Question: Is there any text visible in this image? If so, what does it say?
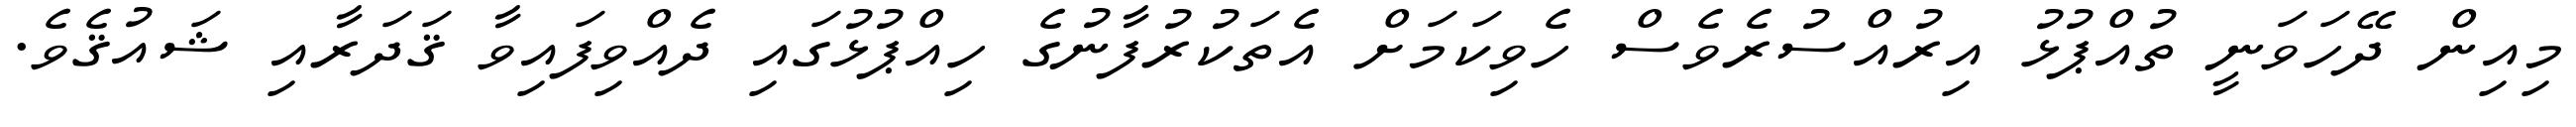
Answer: މިއިން ދޭހަވަނީ ތުއްޕުޅު އިރުއްސުރެވެސް ހެވިކަމަށް އެތަކުރުފާނުގެ ހިއްޕުޅުގައި ދެއްވިފައިވާ ޤަދަރާއި ޝައުޤެވެ.